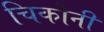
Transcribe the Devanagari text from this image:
चिकोनी